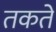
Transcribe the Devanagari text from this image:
तकते